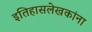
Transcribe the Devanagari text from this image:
इतिहासलेखकांना